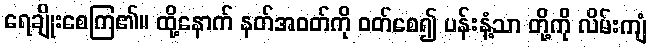
ရေချိုးစေကြ၏။ ထို့နောက် နတ်အဝတ်ကို ဝတ်စေ၍ ပန်းနံ့သာ တို့ကို လိမ်းကျံ